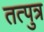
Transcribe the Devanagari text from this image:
तत्पुत्र